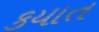
કયાત